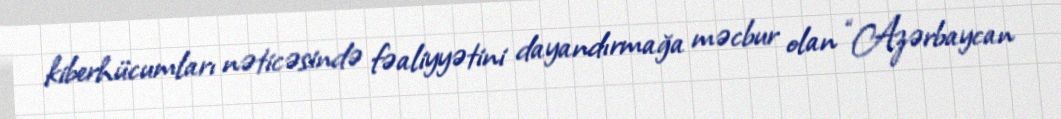
kiberhücumları nəticəsində fəaliyyətini dayandırmağa məcbur olan “Azərbaycan